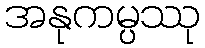
အနုကမ္ပဿု